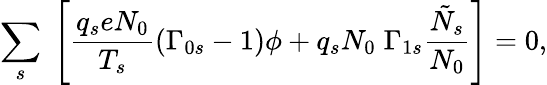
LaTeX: \sum_{s}\; \left[\frac{q_{s}eN_{0}}{T_{s}}\left(\Gamma_{0s}-1\right)\phi+q_{s}N_{0}\; \Gamma_{1s}\frac{\tilde{N}_{s}}{N_{0}}\right]=0,